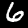
Label: 6